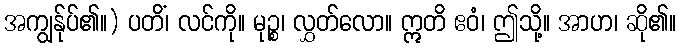
အကျွန်ုပ်၏။) ပတိံ၊ လင်ကို။ မုဉ္စ၊ လွှတ်လော။ ဣတိ ဧဝံ၊ ဤသို့။ အာဟ၊ ဆို၏။